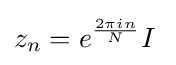
z_{n}=e^{\frac {2\pi in}{N}}I\;